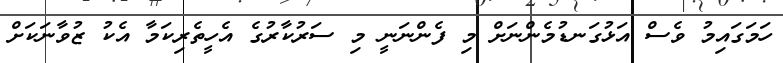
ހަމަގައިމު ވެސް އަޅުގަނޑުމެންނަށް މި ފެންނަނީ މި ސަރުކާރުގެ އެހީތެރިކަމާ އެކު ޒުވާނަކަށް